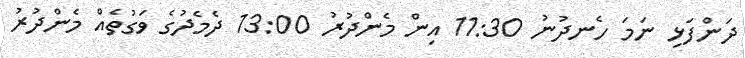
ދަންފަޅި ނަމަ ހެނދުނު 11:30 އިން މެންދުރު 13:00 ދެމެދުގެ ވަގުތެއް މެންދުރު